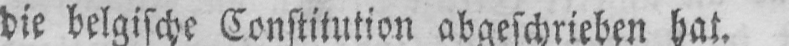
die belgische Constitution abgeschrieben hat.